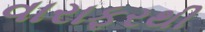
વારાફરથી